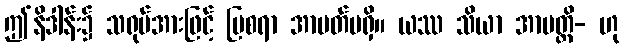
ဤနိဒါန်း၌ သရုပ်အားဖြင့် ပြစရာ အာပတ်မရှိ။ ယဿ သိယာ အာပတ္တိ- ဟု